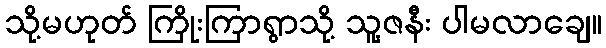
သို့မဟုတ် ကြိုးကြာရွာသို့ သူ့ဇနီး ပါမလာချေ။